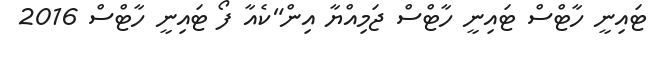
ޓައިނީ ހާޓްސް ޓައިނީ ހާޓްސް ޖަމިއްޔާ އިން"ކެއާ ފޯ ޓައިނީ ހާޓްސް 2016